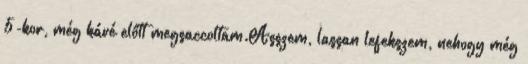
5-kor, még kávé előtt megsaccoltam.Asszem, lassan lefekszem, nehogy még